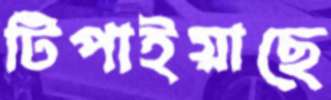
টিপাইয়াছে